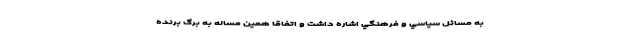
به مسائل سياسي و فرهنگي اشاره داشت و اتفاقا همين مساله به برگ برنده